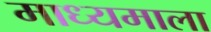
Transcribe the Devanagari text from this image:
माध्यमाला